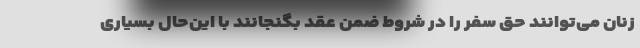
زنان می‌توانند حق سفر را در شروط ضمن عقد بگنجانند با این‌حال بسیاری